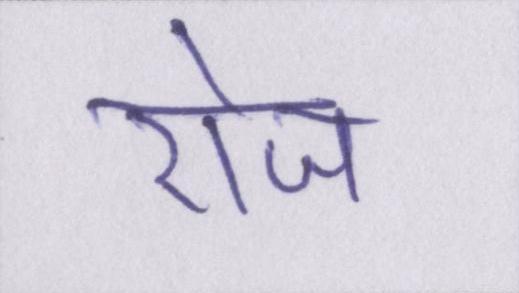
रोज